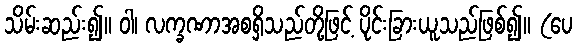
သိမ်းဆည်း၍။ ဝါ၊ လက္ခဏာအစရှိသည်တို့ဖြင့် ပိုင်းခြားယူသည်ဖြစ်၍။ (ပေ